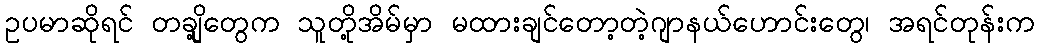
ဥပမာဆိုရင် တချို့တွေက သူတို့အိမ်မှာ မထားချင်တော့တဲ့ဂျာနယ်ဟောင်းတွေ၊ အရင်တုန်းက